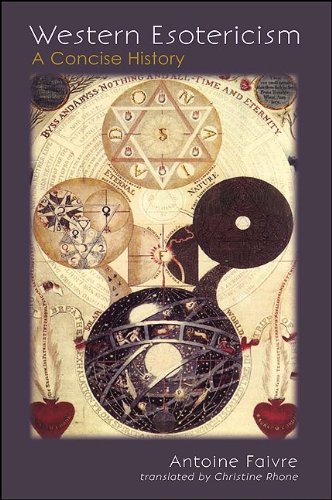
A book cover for Western Esotericism: A Concise History (SUNY Series in Western Esoteric Traditions); Antoine Faivre; Christian Books & Bibles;